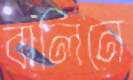
বার্লিনে